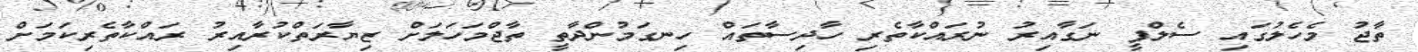
ތާޖު މެހެލުގައި ސެލްފީ ނަގާއިރު ނުރައްކާތެރި ހާދިސާތައް ހިނގަމުންދާތީ ތާޖްމަހަލަށް ޒިޔާރަތްކުރާއިރު ރައްކާތެރިކަމަށް